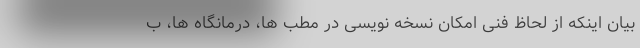
بیان اینکه از لحاظ فنی امکان نسخه نویسی در مطب ها، درمانگاه ها، ب